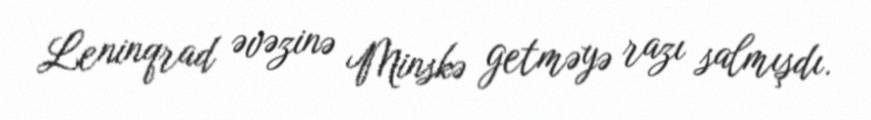
Leninqrad əvəzinə Minskə getməyə razı salmışdı.